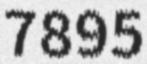
7895